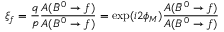
\xi _ { f } = \frac { q } { p } \frac { A ( \bar { B } ^ { 0 } \to f ) } { A ( B ^ { 0 } \to f ) } = \exp ( i 2 \phi _ { M } ) \frac { A ( \bar { B } ^ { 0 } \to f ) } { A ( B ^ { 0 } \to f ) }